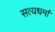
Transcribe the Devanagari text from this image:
सत्यधर्मा